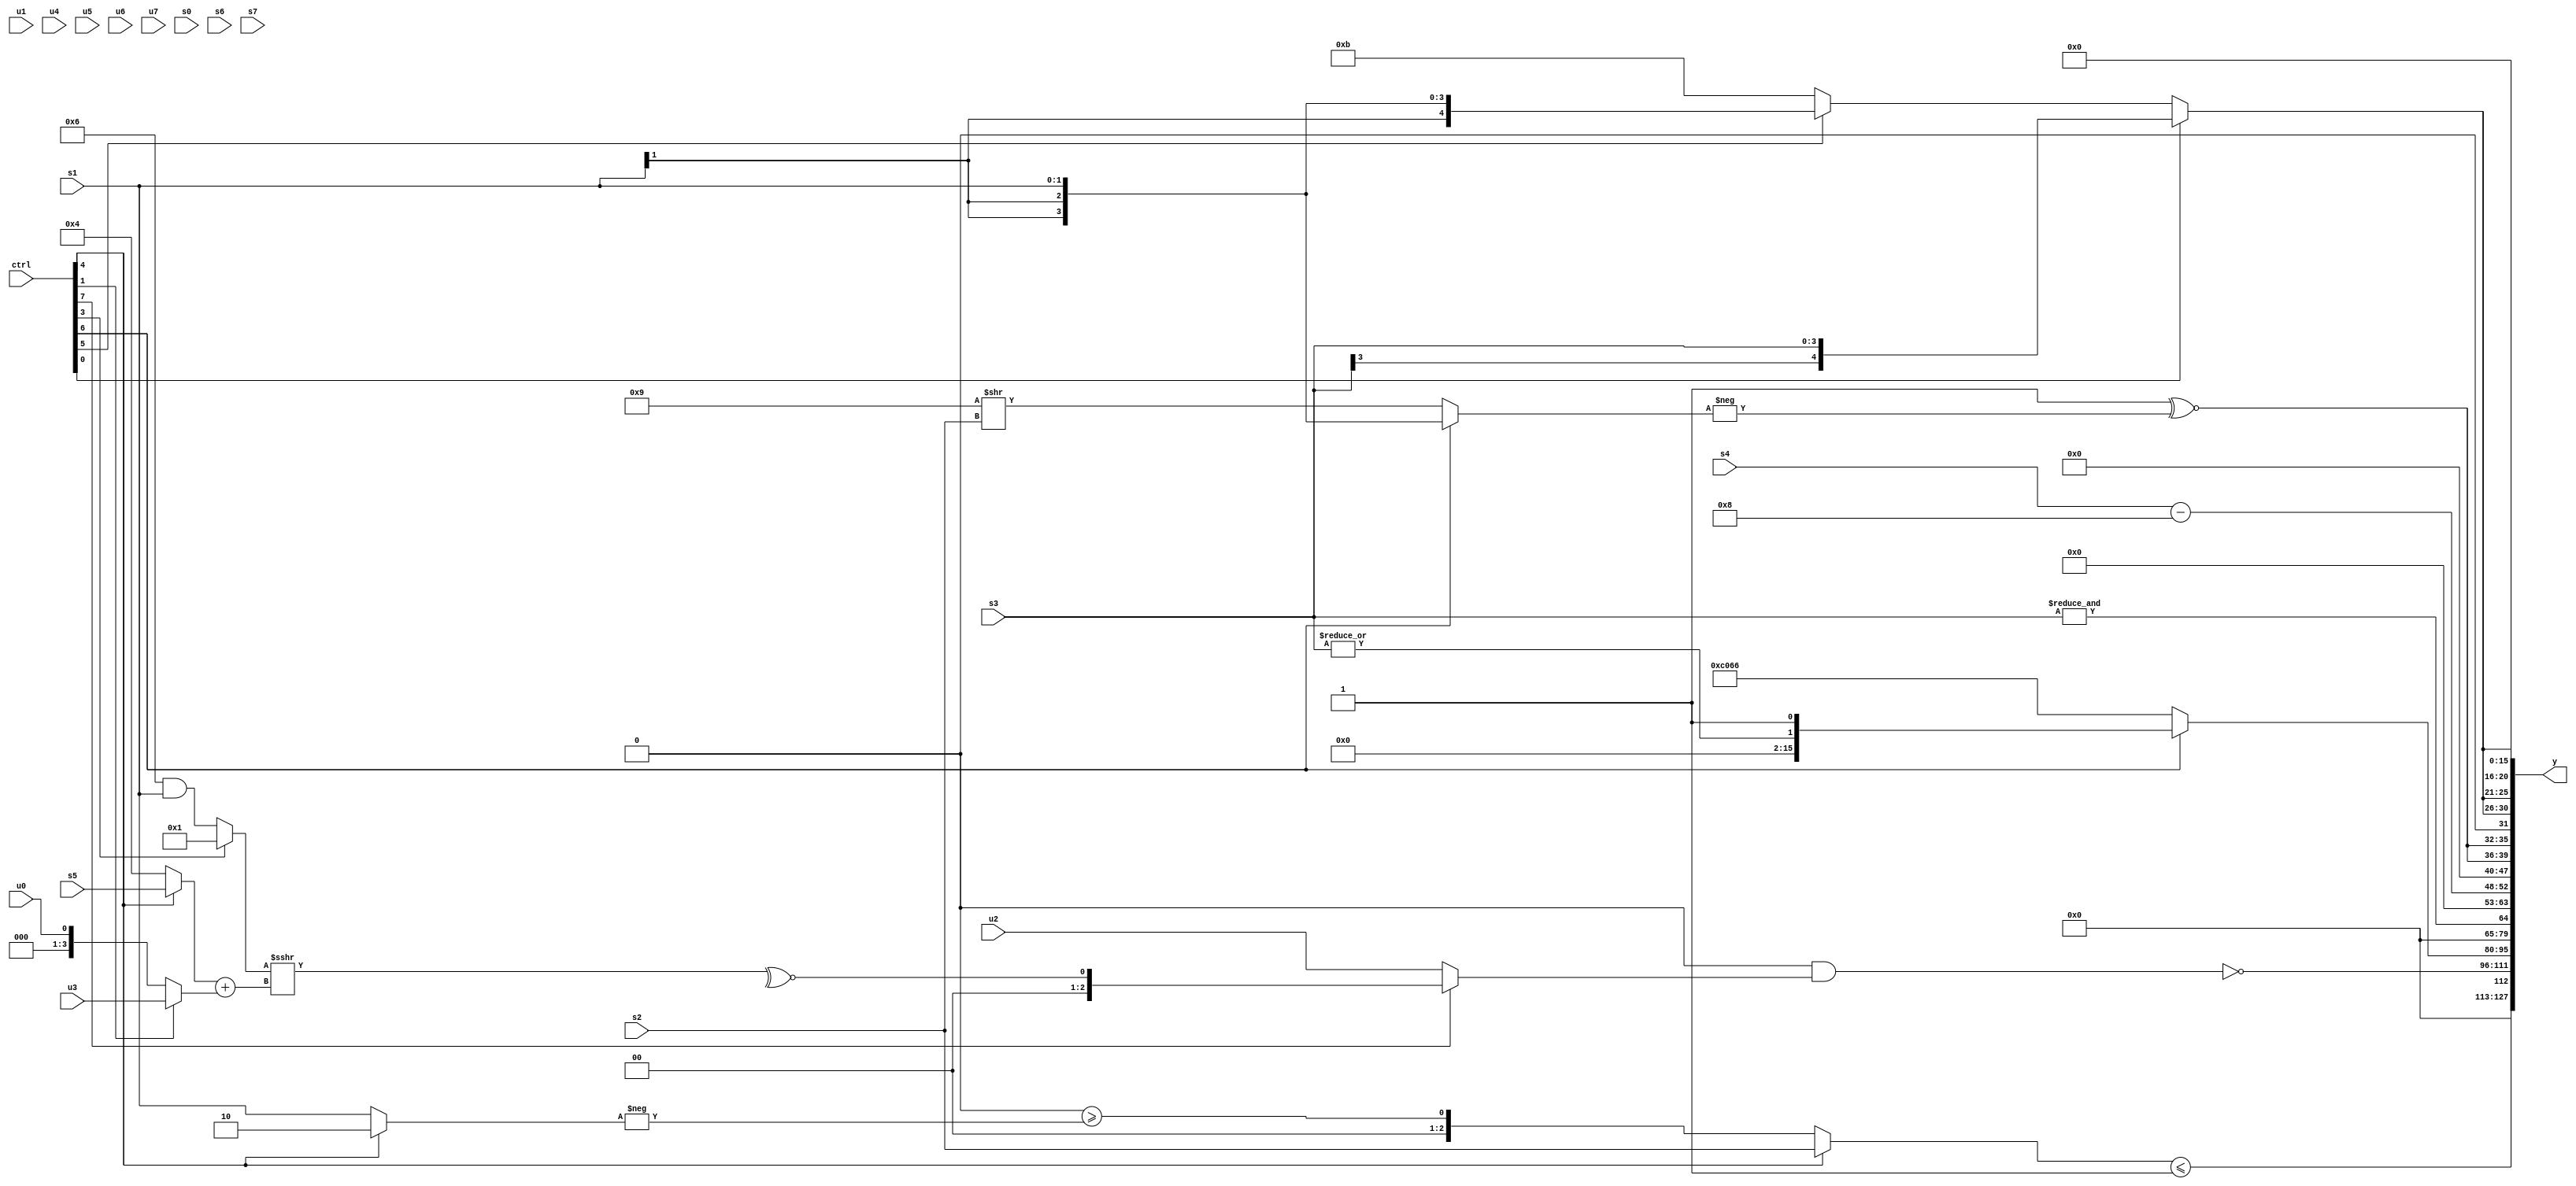
module wideexpr_00448(ctrl, u0, u1, u2, u3, u4, u5, u6, u7, s0, s1, s2, s3, s4, s5, s6, s7, y);
  input [7:0] ctrl;
  input [0:0] u0;
  input [1:0] u1;
  input [2:0] u2;
  input [3:0] u3;
  input [4:0] u4;
  input [5:0] u5;
  input [6:0] u6;
  input [7:0] u7;
  input signed [0:0] s0;
  input signed [1:0] s1;
  input signed [2:0] s2;
  input signed [3:0] s3;
  input signed [4:0] s4;
  input signed [5:0] s5;
  input signed [6:0] s6;
  input signed [7:0] s7;
  output [127:0] y;
  wire [15:0] y0;
  wire [15:0] y1;
  wire [15:0] y2;
  wire [15:0] y3;
  wire [15:0] y4;
  wire [15:0] y5;
  wire [15:0] y6;
  wire [15:0] y7;
  assign y = {y0,y1,y2,y3,y4,y5,y6,y7};
  assign y0 = ((ctrl[4]?$signed(s2):+(+(($signed(~^(1'b1)))>=(-((ctrl[4]?2'b10:s1)))))))<=(3'sb001);
  assign y1 = ~((2'b00)&((ctrl[7]?~^(+(((ctrl[3]?$signed(4'b0001):((3'sb110)^(4'sb1000))&($signed(s1))))>>>(((ctrl[4]?$signed(s5):6'sb000100))+($signed((ctrl[1]?u3:u0)))))):u2)));
  assign y2 = {(ctrl[6]?{$signed(|($signed({4{s3}}))),~|(($unsigned((3'sb010)<<(2'sb10)))&(((2'sb01)^(u5))!=({4'b1010,4'sb0001})))}:{3{-({3'sb111,4'sb1110,{1{$signed(6'sb011010)}}})}})};
  assign y3 = &(s3);
  assign y4 = {1{(s4)-(5'sb11000)}};
  assign y5 = {2{(4'sb1111)^~(-((ctrl[6]?s1:+($signed($signed((4'sb1001)>>(s2)))))))}};
  assign y6 = {3{(ctrl[0]?$signed(s3):(ctrl[5]?s1:5'sb01011))}};
  assign y7 = 4'sb0000;
endmodule